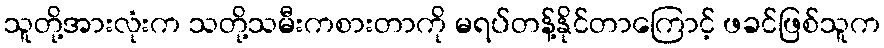
သူတို့အားလုံးက သတို့သမီးကစားတာကို မရပ်တန့်နိုင်တာကြောင့် ဖခင်ဖြစ်သူက